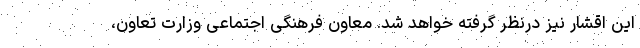
این اقشار نیز درنظر گرفته خواهد شد. معاون فرهنگی اجتماعی وزارت تعاون،